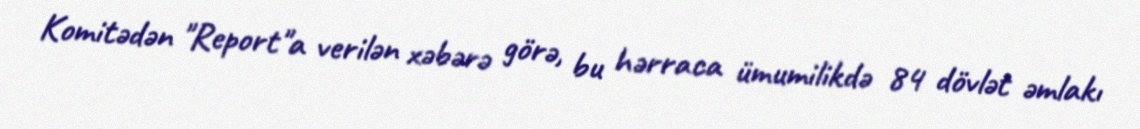
Komitədən "Report"a verilən xəbərə görə, bu hərraca ümumilikdə 84 dövlət əmlakı